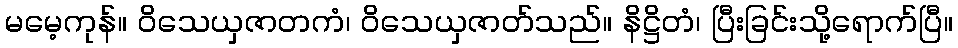
မမေ့ကုန်။ ဝိသေယှဇာတကံ၊ ဝိသေယှဇာတ်သည်။ နိဋ္ဌိတံ၊ ပြီးခြင်းသို့ရောက်ပြီ။